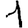
Digit: 1